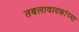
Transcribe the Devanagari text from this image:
तबलावादकांच्या